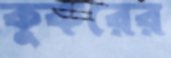
কুকরের